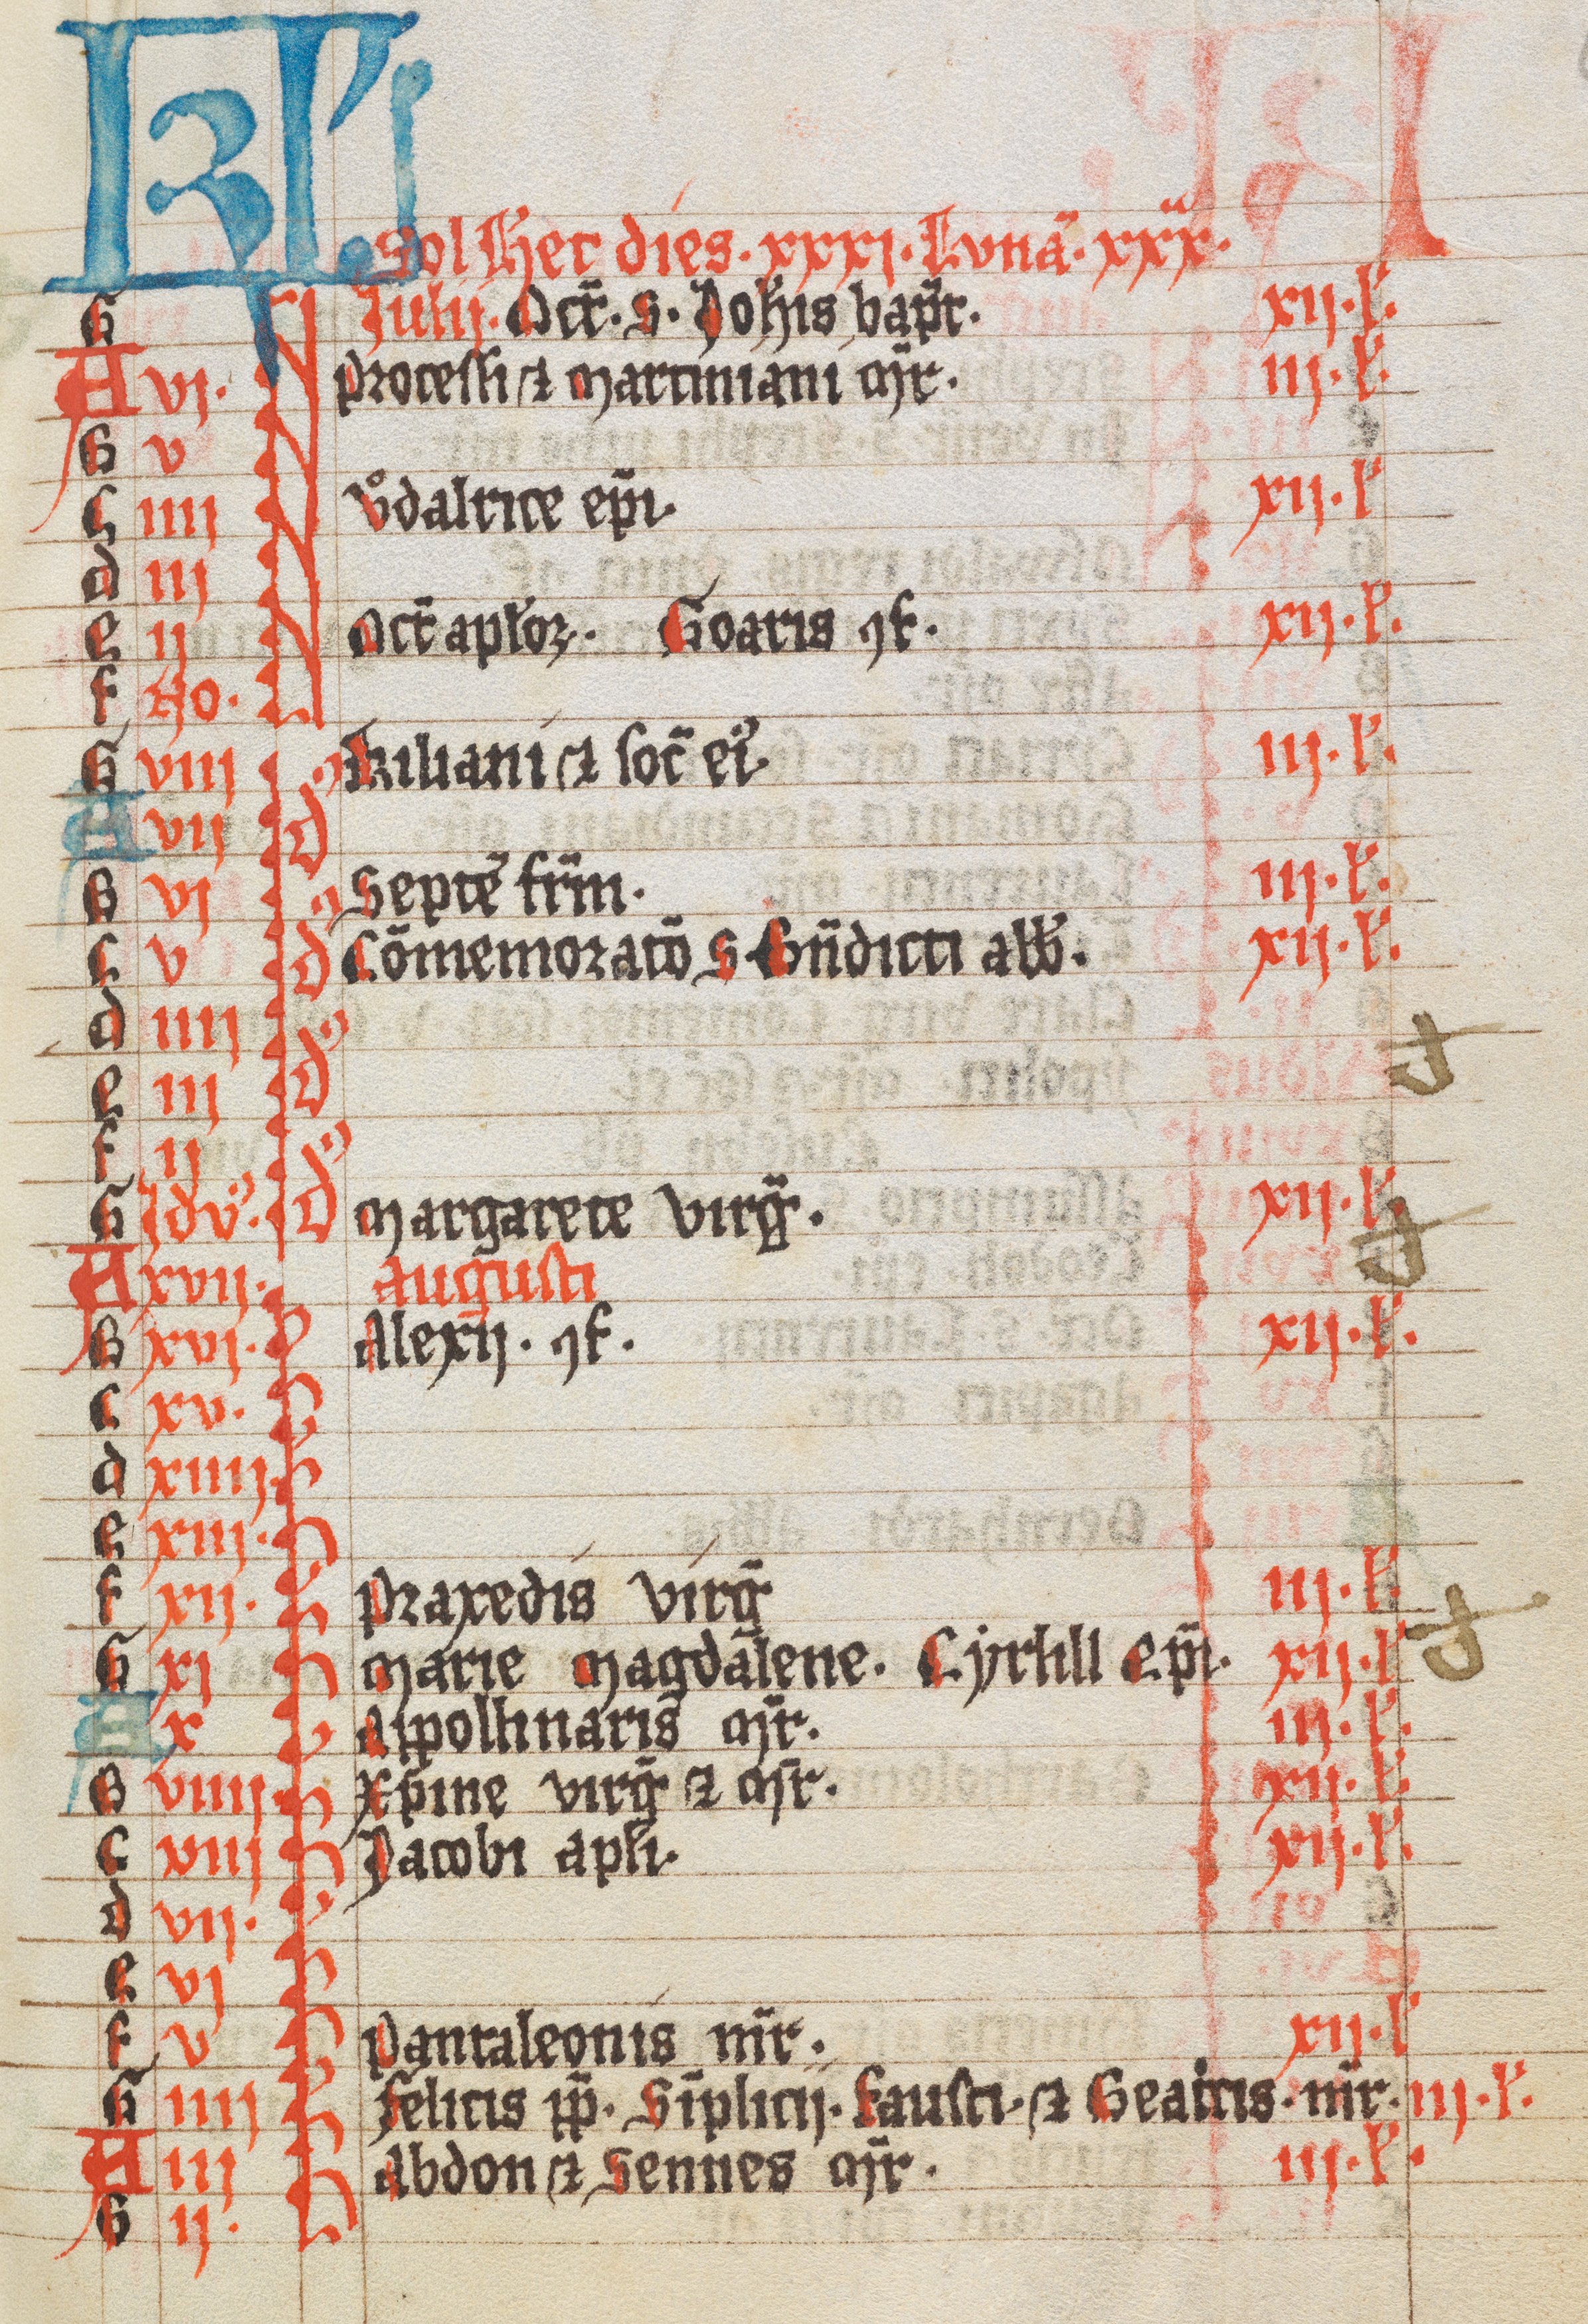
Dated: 1300–1499